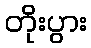
တိုးပွား